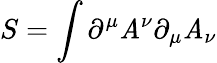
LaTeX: S=\int\partial^{\mu}\mathit{A}^{\nu}\partial_{\mu}\mathit{A}_{\nu}